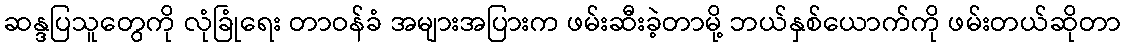
ဆန္ဒပြသူတွေကို လုံခြုံရေး တာဝန်ခံ အများအပြားက ဖမ်းဆီးခဲ့တာမို့ ဘယ်နှစ်ယောက်ကို ဖမ်းတယ်ဆိုတာ